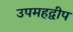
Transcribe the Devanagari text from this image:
उपमहद्वीप